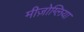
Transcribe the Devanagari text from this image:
मीज़ोग्लिया